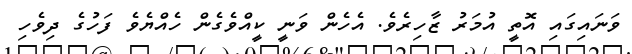
ވަނައިގައި އޮތީ އުމަރު ޒާހިރެވެ. އެހެން ވަނީ ކީއްވެގެން ހެއްޔެވެ ފަހުގެ ދިވެހި